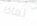
لماذا